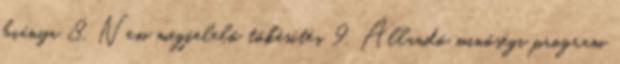
hiánya 8. Nem megfelelő tőkésítés 9. Állandó minőségi program